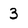
Character: 3